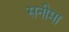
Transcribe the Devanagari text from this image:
सनीमा